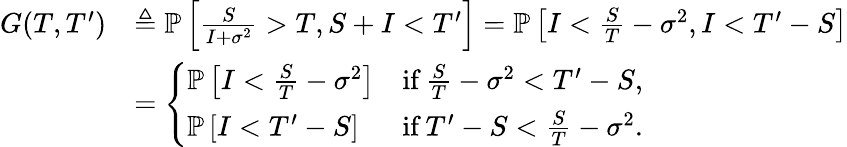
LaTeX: \begin{array}{rl}{G(T,T^{\prime})}&{\triangleq\mathbb{P}\left[\frac{S}{I+\sigma^{2}}>T,S+I<T^{\prime}\right]=\mathbb{P}\left[I<\frac{S}{T}-\sigma^{2},I<T^{\prime}-S\right]}\\ &{=\left\{ \begin{array}{ll}{\mathbb{P}\left[I<\frac{S}{T}-\sigma^{2}\right]}&{\mathrm{if}\, \frac{S}{T}-\sigma^{2}<T^{\prime}-S,}\\ {\mathbb{P}\left[I<T^{\prime}-S\right]}&{\mathrm{if}\, T^{\prime}-S<\frac{S}{T}-\sigma^{2}.}\end{array}\right.}\end{array}